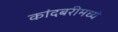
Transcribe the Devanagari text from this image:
कांदबरीमध्ये